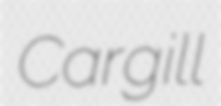
Cargill